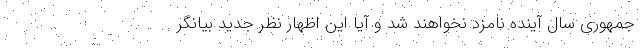
جمهوری سال آینده نامزد نخواهند شد و آیا این اظهار نظر جدید بیانگر